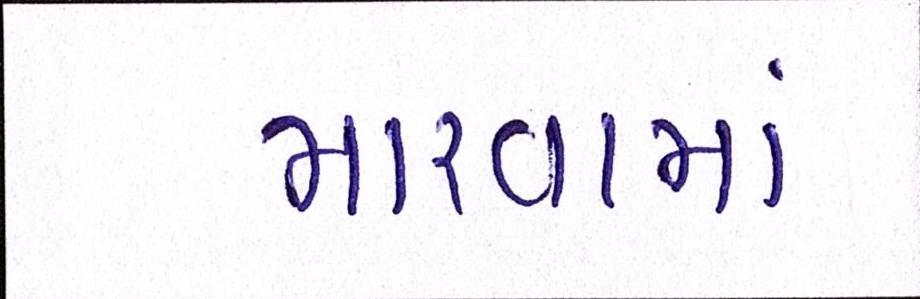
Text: મારવામાં